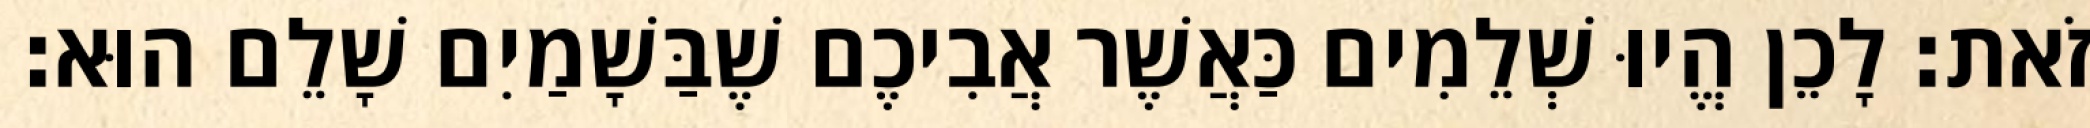
זֹאת׃ לָכֵן הֱיוּ שְׁלֵמִים כַּאֲשֶׁר אֲבִיכֶם שֶׁבַּשָׁמַיִם שָׁלֵם הוּא׃